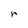
Character: r